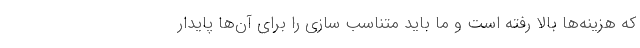
که هزینه‌ها بالا رفته است و ما باید متناسب سازی را برای آن‌ها پایدار